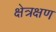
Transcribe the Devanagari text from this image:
क्षेत्रक्षण